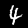
Label: 4